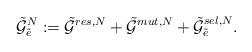
LaTeX: \begin{align*}\tilde{\mathcal{G}}_{\tilde{e}}^N:=\tilde{\mathcal{G}}^{res,N}+\tilde{\mathcal{G}}^{mut,N}+\tilde{\mathcal{G}}_{\tilde{e}}^{sel,N}.\end{align*}